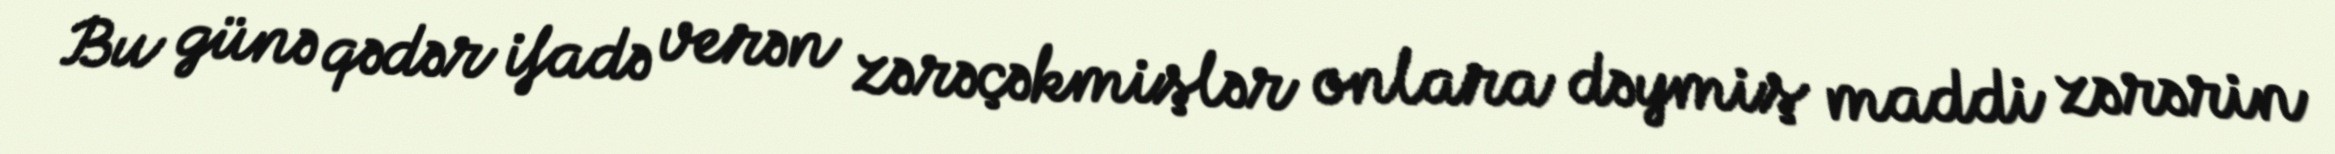
Bu günə qədər ifadə verən zərəçəkmişlər onlara dəymiş maddi zərərin